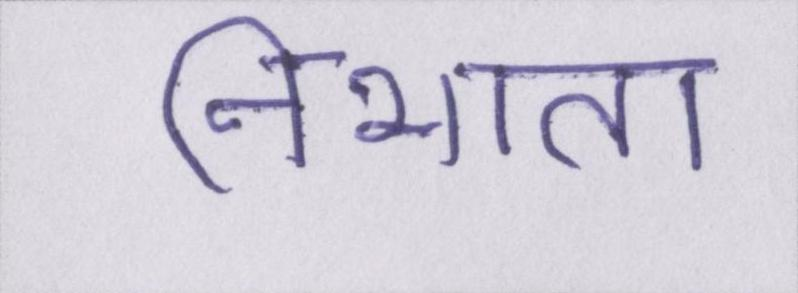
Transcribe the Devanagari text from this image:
निभाता